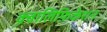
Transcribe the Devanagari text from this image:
क़्वालिफ़िकेशन